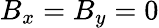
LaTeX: B_{x}=B_{y}=0